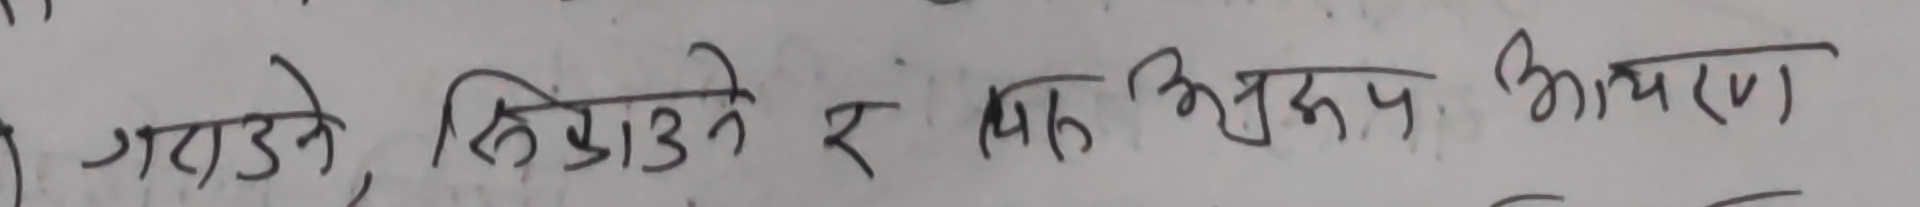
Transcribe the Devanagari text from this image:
गराउने, सिकाउने र मिले अनुरूप आचरण